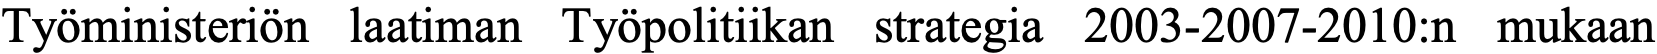
Työministeriön laatiman Työpolitiikan strategia 2003-2007-2010:n mukaan